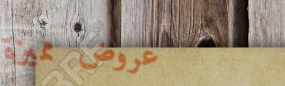
عروض مميزة